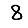
Digit: 8